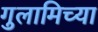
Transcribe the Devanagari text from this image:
गुलामिच्या